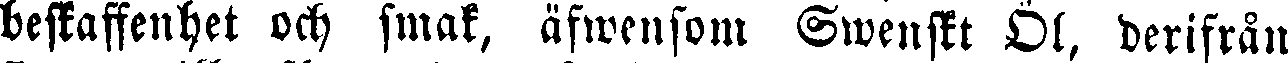
beskaffenhet och smak, äfwensom Swenskt Öl, derifrån